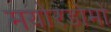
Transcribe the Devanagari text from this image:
मयोरडोमो